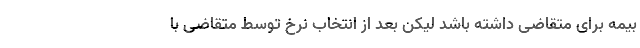
بیمه برای متقاضی داشته باشد لیکن بعد از انتخاب نرخ توسط متقاضی با